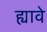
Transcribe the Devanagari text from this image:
ह्यावे